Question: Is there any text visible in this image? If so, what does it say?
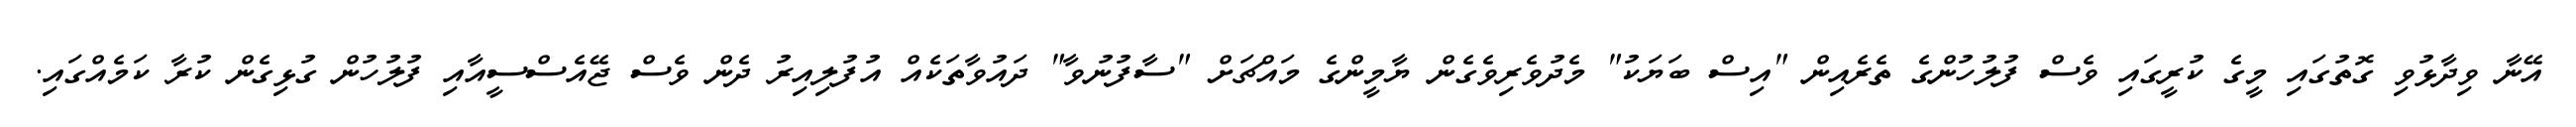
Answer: އޭނާ ވިދާޅުވި ގޮތުގައި މީގެ ކުރީގައި ވެސް ފުލުހުންގެ ތެރެއިން "އިސް ބަޔަކު" މެދުވެރިވެގެން ޔާމީންގެ މައްޗަށް "ސާފުނުވާ" ދައުވާތަކެއް އުފުލިއިރު ދެން ވެސް ޖޭއެސްސީއާއި ފުލުހުން ގުޅިގެން ކުރާ ކަމެއްގައި.